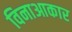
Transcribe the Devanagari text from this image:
विनाआकार